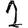
Digit: 1